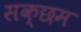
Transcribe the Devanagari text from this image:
सक्छम